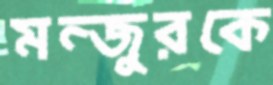
মন্জুরকে